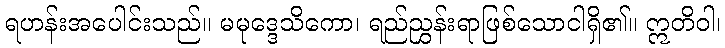
ရဟန်းအပေါင်းသည်။ မမုဒ္ဒေသိကော၊ ရည်ညွှန်းရာဖြစ်သောငါရှိ၏။ ဣတိဝါ၊